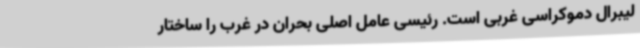
لیبرال دموکراسی غربی است. رئیسی عامل اصلی بحران در غرب را ساختار